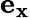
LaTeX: \mathbf{e_{x}}